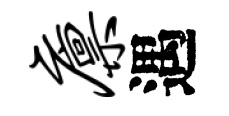
廪遇